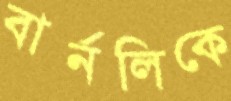
বার্নলিকে